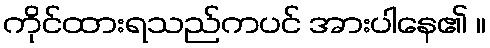
ကိုင်ထားရသည်ကပင် အားပါနေ၏ ။